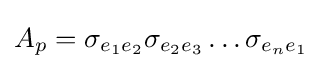
A_{p}=\sigma _{e_{1}e_{2}}\sigma _{e_{2}e_{3}}\dots \sigma _{e_{n}e_{1}}